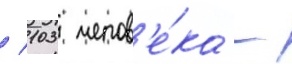
/ 103 челов'е́ка -